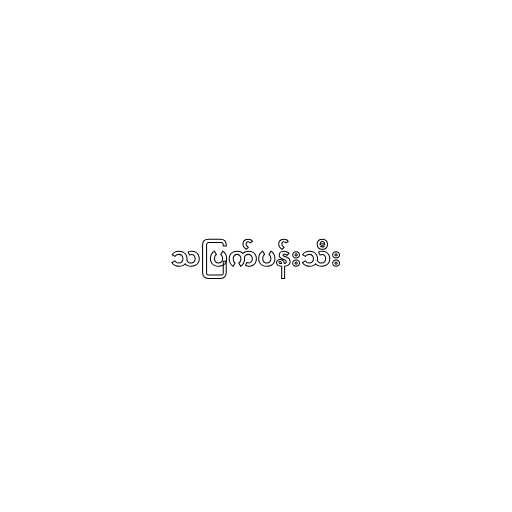
သပြက်ပန်းသီး